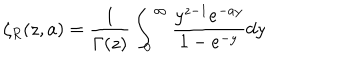
LaTeX: \zeta _ { R } ( z , a ) = { \frac { 1 } { \Gamma ( z ) } } \int _ { 0 } ^ { \infty } { \frac { y ^ { z - 1 } e ^ { - a y } } { 1 - e ^ { - y } } } d y